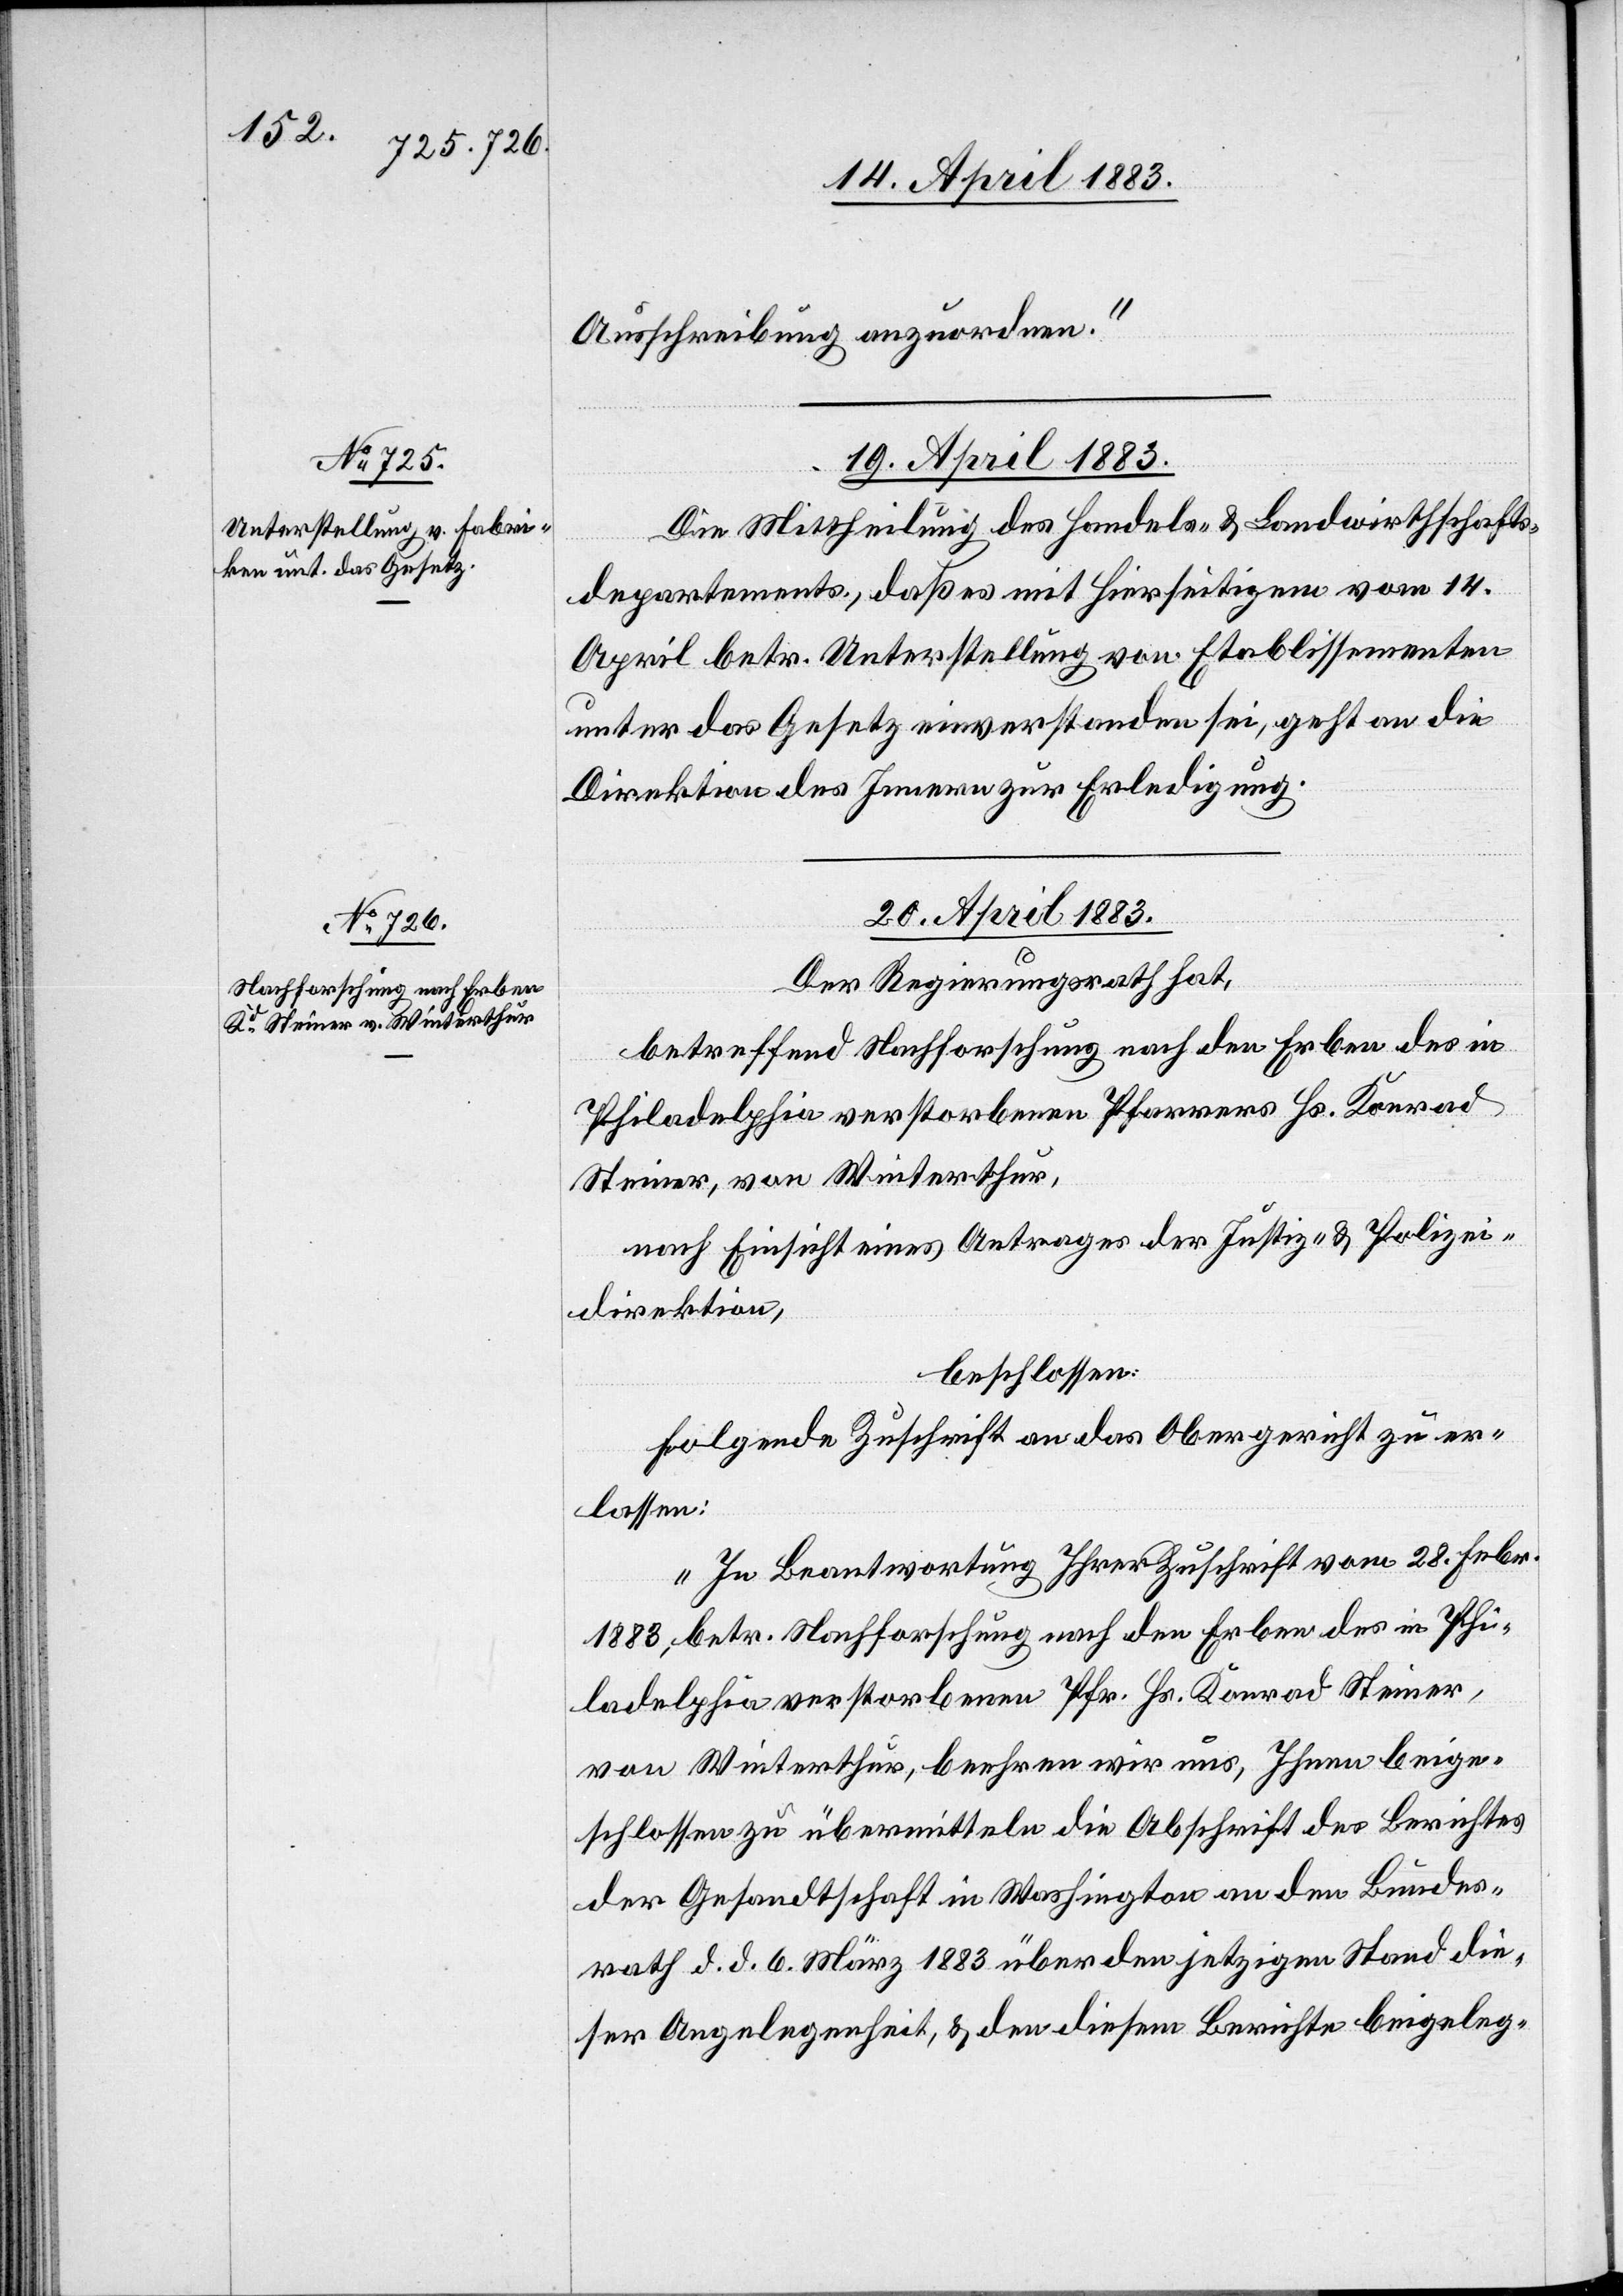
Ausschreibung anzuordnen.“
19. April 1883.
Die Mittheilung des Handels- & Landwirthschafts¬
departements, daß es mit Hierseitigem vom 14.
April betr. Unterstellung von Etablissementen
unter das Gesetz einverstanden sei, geht an die
Direktion des Innern zur Erledigung.
20. April 1883.
Der Regierungsrath hat,
betreffend Nachforschung nach den Erben des in
Philadelphia verstorbenen Pfarrers Hs. Konrad
Steiner, von Winterthur,
nach Einsicht eines Antrages der Justiz- & Polizei¬
direktion,
beschlossen:
Folgende Zuschrift an das Obergericht zu er¬
lassen:
„In Beantwortung Ihrer Zuschrift vom 28. Febr.
1883, betr. Nachforschung nach den Erben des in Phi¬
ladelphia verstorbenen Pfr. Hs. Konrad Steiner,
von Winterthur, beehren wir uns, Ihnen beige¬
schlossen zu übermitteln die Abschrift des Berichtes
der Gesandtschaft in Washington an den Bundes¬
rath d. d. 6. März 1883 über den jetzigen Stand die¬
ser Angelegenheit, & den diesem Berichte beigeleg-